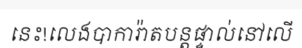
នេះ!លេងបាការ៉ាតបន្តផ្ទាល់នៅលើ